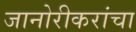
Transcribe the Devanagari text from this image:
जानोरीकरांचा